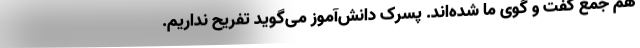
هم جمع گفت و گوی ما شده‌اند. پسرک دانش‌آموز می‌گوید تفریح نداریم.